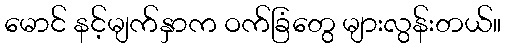
မောင် နင့်မျက်နှာက ဝက်ခြံတွေ များလွန်းတယ်။